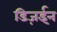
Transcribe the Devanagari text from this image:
डिज़ईन